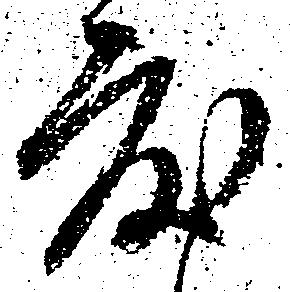
度